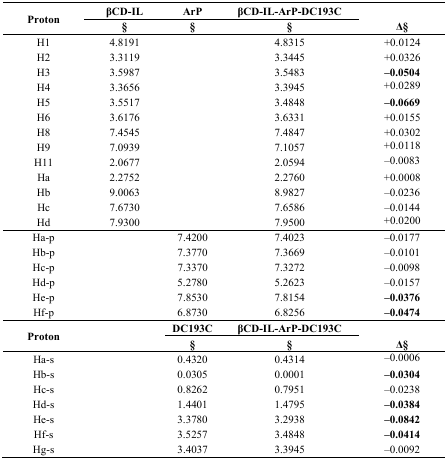
| <ROWSPAN=3> Proton | βCD-IL | ArP | βCD-IL-ArP-DC193C |  |
 | § | § | § | Δ§ |
 | --- | --- | --- | --- | --- |
 | H1 | 4.8191 |  | 4.8315 | +0.0124 |
 | H2 | 3.3119 |  | 3.3445 | +0.0326 |
 | H3 | 3.5987 |  | 3.5483 | −0.0504 |
 | H4 | 3.3656 |  | 3.3945 | +0.0289 |
 | H5 | 3.5517 |  | 3.4848 | −0.0669 |
 | H6 | 3.6176 |  | 3.6331 | +0.0155 |
 | H8 | 7.4545 |  | 7.4847 | +0.0302 |
 | H9 | 7.0939 |  | 7.1057 | +0.0118 |
 | H11 | 2.0677 |  | 2.0594 | −0.0083 |
 | Ha | 2.2752 |  | 2.2760 | +0.0008 |
 | Hb | 9.0063 |  | 8.9827 | −0.0236 |
 | Hc | 7.6730 |  | 7.6586 | −0.0144 |
 | Hd | 7.9300 |  | 7.9500 | +0.0200 |
 | Ha-p |  | 7.4200 | 7.4023 | −0.0177 |
 | Hb-p |  | 7.3770 | 7.3669 | −0.0101 |
 | Hc-p |  | 7.3370 | 7.3272 | −0.0098 |
 | Hd-p |  | 5.2780 | 5.2623 | −0.0157 |
 | He-p |  | 7.8530 | 7.8154 | −0.0376 |
 | Hf-p |  | 6.8730 | 6.8256 | −0.0474 |
 | <ROWSPAN=3> Proton |  | DC193C | βCD-IL-ArP-DC193C |  |
 |  | § | § | Δ§ |
 | Ha-s |  | 0.4320 | 0.4314 | −0.0006 |
 | Hb-s |  | 0.0305 | 0.0001 | −0.0304 |
 | Hc-s |  | 0.8262 | 0.7951 | −0.0238 |
 | Hd-s |  | 1.4401 | 1.4795 | −0.0384 |
 | He-s |  | 3.3780 | 3.2938 | −0.0842 |
 | Hf-s |  | 3.5257 | 3.4848 | −0.0414 |
 | Hg-s |  | 3.4037 | 3.3945 | −0.0092 |